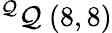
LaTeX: ^{\mathcal{Q}}\mathcal{Q}\ (8,8)